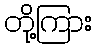
တို့ကြား